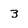
Character: 3